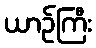
ယာဉ်ကြီး